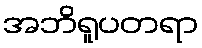
အဘိရူပတရာ